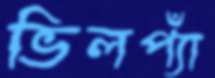
ভিলপ্যাঁ